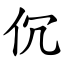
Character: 伔